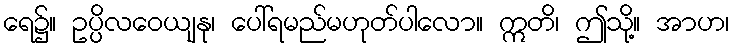
ရေ၌။ ဥပ္ပိလဝေယျနု၊ ပေါ်ရမည်မဟုတ်ပါလော။ ဣတိ၊ ဤသို့။ အာဟ၊